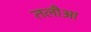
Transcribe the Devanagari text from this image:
तलौआ